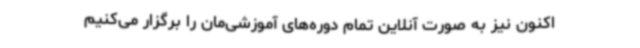
اکنون نیز به صورت آنلاین تمام دوره‌های آموزشی‌مان را برگزار می‌کنیم